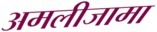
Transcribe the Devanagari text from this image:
अमलीजामा